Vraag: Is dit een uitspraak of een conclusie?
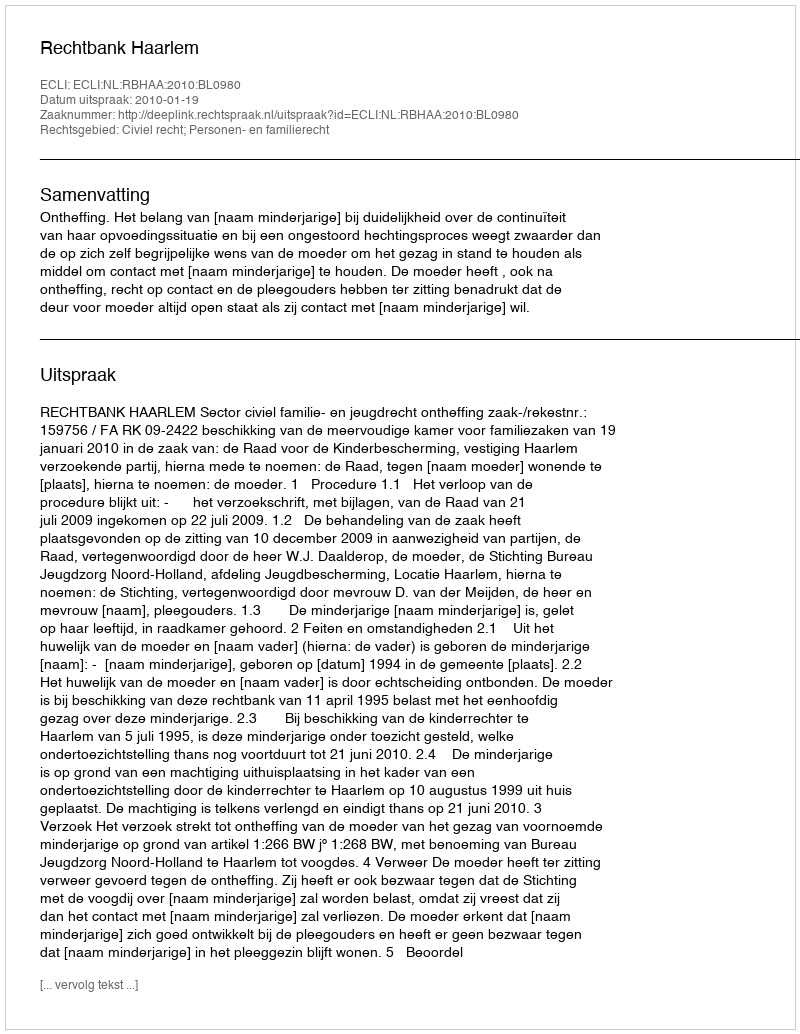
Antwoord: Uitspraak